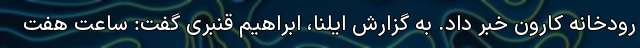
رودخانه کارون خبر داد. به گزارش ایلنا، ابراهیم قنبری گفت: ساعت هفت